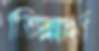
ভিন্নার্থ